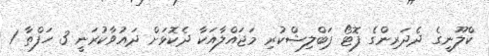
ކްލޫނީގެ ދެދަރިންގެ ފޮޓޯ ޕަބްލިޝްކުރި މަޖައްލާއަކާ ދެކޮޅަށް ދައުވާކުރަނީ 3 ހަފްތާ 1